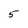
Character: 5